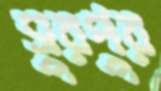
সুরপুর